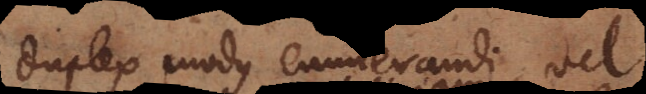
Duplex modus enumerandi, vel